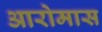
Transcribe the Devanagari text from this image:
आरोमास